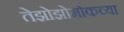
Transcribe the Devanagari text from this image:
तेझोझोमोकच्या